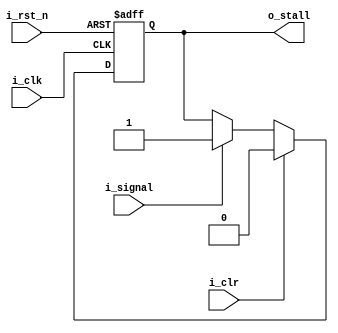
// Function: 
//  implement critical signal stall logic
//  when signal is '1', stall will keep '1' until clear signal is assert
`ifndef DELAY
    `define DELAY #0.1
`endif

module STALL
(
    input               i_clk       ,
    input               i_rst_n     ,
    input               i_signal    ,   
    input               i_clr       ,
    output              o_stall          
);
    reg                 r_stall;
    
    assign o_stall = r_stall;

    always@(posedge i_clk or negedge i_rst_n) begin
        if(~i_rst_n) begin
            r_stall <= `DELAY 1'b0;
        end
        else begin
            if(i_clr) begin
                r_stall <= `DELAY 1'b0;
            end
            else begin
                if(i_signal) begin
                    r_stall <= `DELAY 1'b1;
                end
            end
        end    
    end    

endmodule